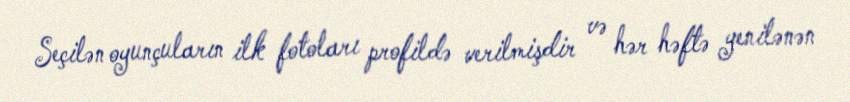
Seçilən oyunçuların ilk fotoları profildə verilmişdir və hər həftə yenilənən